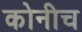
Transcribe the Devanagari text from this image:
कोनीच